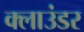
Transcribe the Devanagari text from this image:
क्लाउंडर